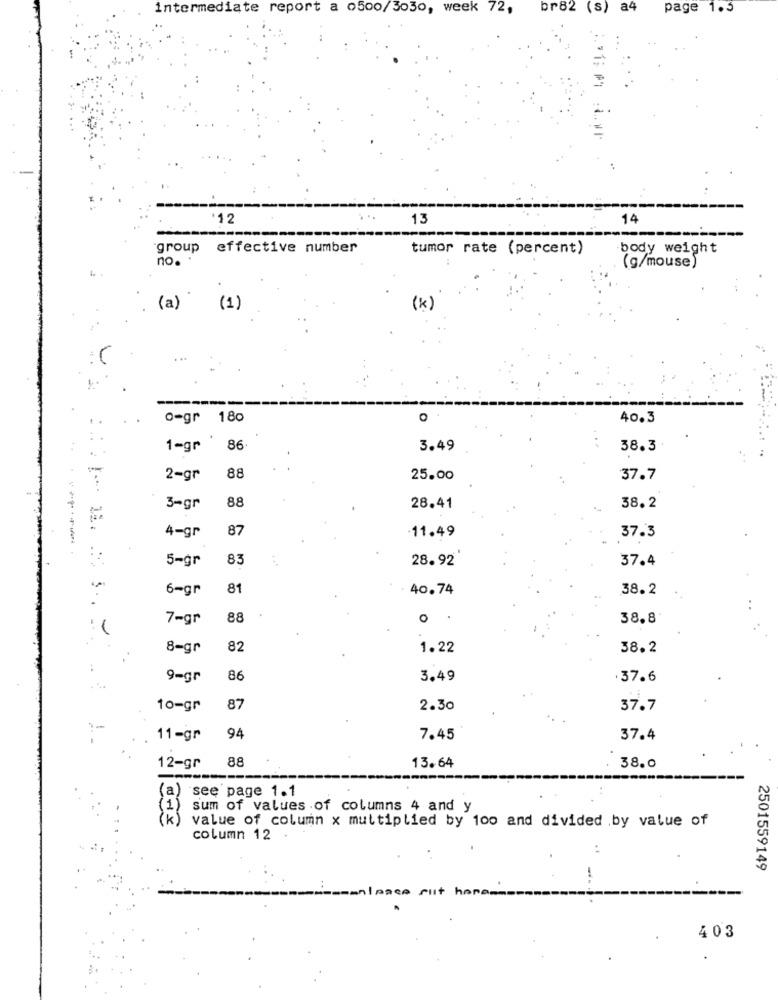
intermediate report a 0500/3030, week 72,
br82 (s) a4
page 1.5
12
13
14
group
effective number
tumor rate (percent)
body weight
no.
(g/mouse)
(a)
(1)
(k)
...
0-gr 180
O
40.3
1-gr 86
3.49
38.3
2-gr
88
25.00
37.7
88
3-gr
28.41
38.2
4-gr
87
-11.49
------
37.3
5-gr
83
28.92
37.4
6-gr
81
40.74
38.2
7-gr
88
O
38.8
8-gr
82
1.22
38.2
9=gr
86
3.49
37.6
10-gr
87
2.30
37.7
..
11-gr
94
7.45
37.4
88
13.64
12-gr
38.0
(a) see page 1.1
(1)
sum of values of columns 4 and y
value of column x multiplied by 100 and divided by value of
column 12
..
2501559149
-
pace slit honom
403